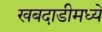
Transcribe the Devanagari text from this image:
खबदाडीमध्ये